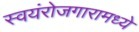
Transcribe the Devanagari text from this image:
स्वयंरोजगारामध्ये